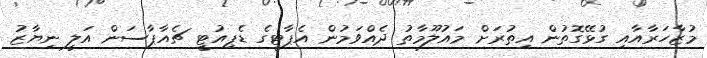
މުޒާހަރާއާއި ގުޅޭގޮތުން އިތުރަށް މައުލޫމާތު ދެއްވަމުން އެޕާޓީގެ ޑެޕިއުޓީ ޗެއާޕާސަން އަލީ ނިޔާޒު